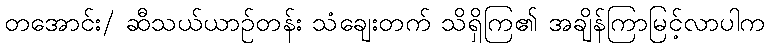
တအောင်း/ ဆီသယ်ယာဉ်တန်း သံချေးတက် သိရှိကြ၏ အချိန်ကြာမြင့်လာပါက